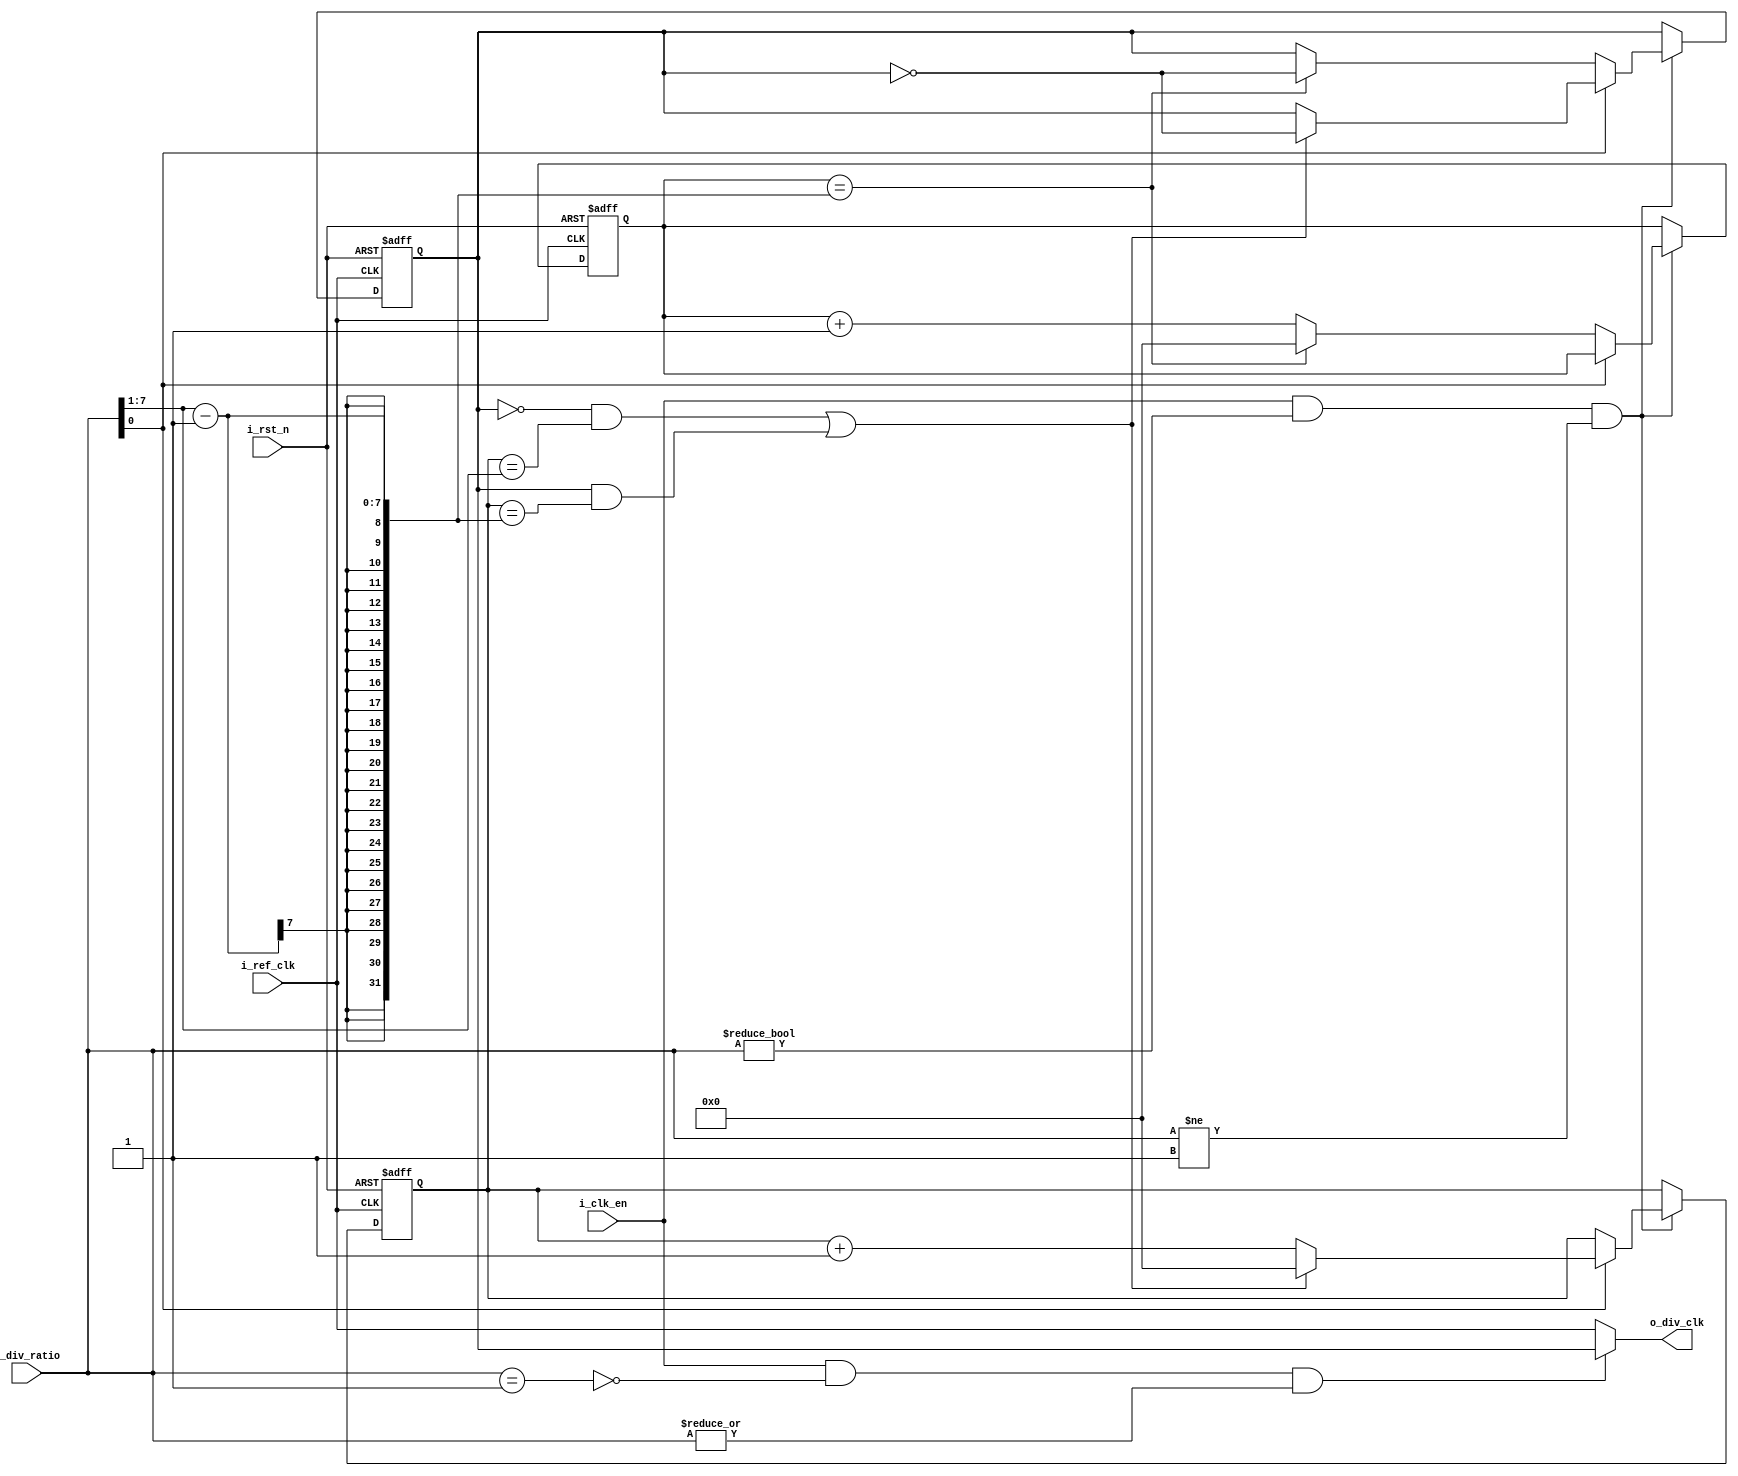
module ClkDiv #(parameter division_ratio = 8)
(
  input wire        				   i_ref_clk ,
  input wire        				   i_rst_n , 
  input wire        				   i_clk_en ,
  input wire 		[7 : 0]  		   i_div_ratio ,
  output wire        				   o_div_clk 
  );
  
  
reg [6:0] counter_value ;  
reg [7:0] counter_even ;  
reg [7:0] counter_odd ; 
reg		  div_clk ;
wire	  clk_en ;

always @ (posedge i_ref_clk or negedge i_rst_n)  
begin
  
  if(!i_rst_n)
    begin
      div_clk <= 1'b0;
      counter_even <= 'b0;
      counter_odd <= 'b0;
    end
  else
    begin
      if(i_clk_en && i_div_ratio != 0 && i_div_ratio != 1 )
      begin
        
        if( i_div_ratio[0] == 0) //Even ratio 
          begin
            
          if(counter_even == (counter_value - 1)) //We should toggle here 
            begin
              div_clk <= ~ div_clk ;
              counter_even <= 'b0; /* Restart the counter */
            end
          else
            counter_even <= counter_even + 1 ;
            
          end
        else //Odd ratio
        begin
          
          if( (!div_clk && (counter_odd == counter_value ) ) || (div_clk && (counter_odd == counter_value - 1) ))
            begin
              div_clk <= ~ div_clk ;
              counter_odd <= 'b0; /* Restart the counter */
            end
          else
            begin
              counter_odd <= counter_odd + 1 ;
            end
          
        end
       end
       
      end
  
  
  
end
  
always @ (*)
begin
	counter_value = ( i_div_ratio >> 1 ); //Divide the ratio by two .
end

assign clk_en = i_clk_en & !(i_div_ratio == 1'b1) & !(~|i_div_ratio) ;
assign o_div_clk = clk_en ? div_clk : i_ref_clk ; 

endmodule